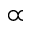
\propto